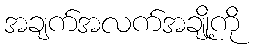
အချက်အလက်အချို့ကို